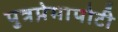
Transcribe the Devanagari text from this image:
पुत्रप्रेमापोटी